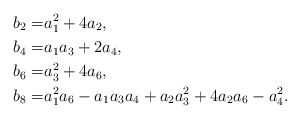
\begin{align*}b_2 =& a_1^2+4 a_2, \\b_4 =& a_1 a_3+2 a_4, \\b_6 =& a_3^2+4a_6, \\b_8=& a_1^2 a_6-a_1a_3a_4+a_2 a_3^2+4a_2 a_6-a_4^2.\end{align*}